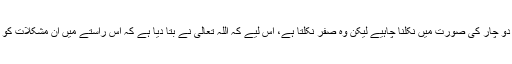
آپ منزل کی طرف چلنے کی بے شمار شعوری کوششیں کریں گے جن کا نتیجہ دو جمع دو چار کی صورت میں نکلنا چاہیے لیکن وہ صفر نکلتا ہے، اس لیے کہ اللہ تعالیٰ نے بتا دیا ہے کہ اس راستے میں ان مشکلات کو انگیز کیے، صعوبتوں کو اُٹھائے اور ان آزمایشوں کو جھیلے بغیر آگے نہیں بڑھ سکتے۔